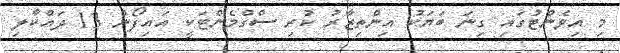
މި އިވެންޓުގައި ގިނަ ބަޔަކު އިންތިޒާރު ކުރި ސްގްމެންޓަކީ އައިފޯން 13 ދައްކާލި